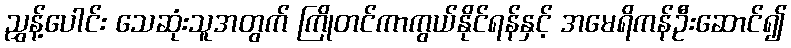
ညွှန့်ပေါင်း သေဆုံးသူအတွက် ကြိုတင်ကာကွယ်နိုင်ရန်နှင့် အမေရိကန်ဦးဆောင်၍